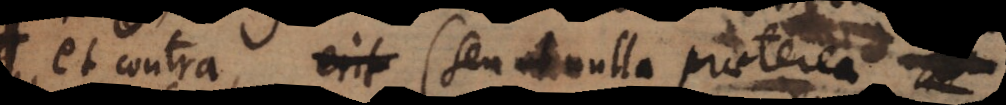
et contra (seu ut nulla praeterea